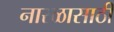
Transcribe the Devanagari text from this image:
नारळासाठी